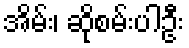
အိမ်း၊ ဆိုစမ်းပါဦး